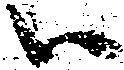
ハ